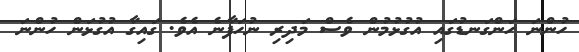
ހުންނަ ހަންގަނޑުގައި އުގުޅުމުން ވެސް މަދިރި ނުހަފާނެ އެވެ. ގައިގާ އުގުޅަން ހުންނަ